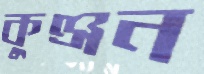
কুঞ্জন